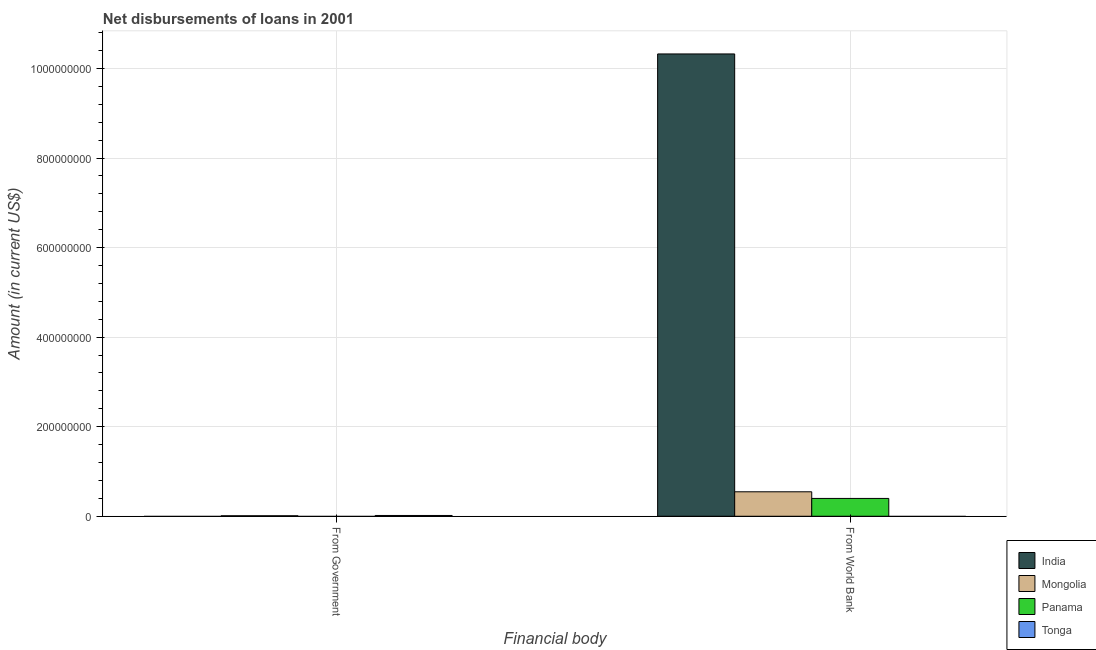
| Financial body | India | Mongolia | Panama | Tonga |
 | --- | --- | --- | --- | --- |
 | From Government | -6.7e+08 | 1.11e+06 | -4.12e+07 | 1.72e+06 |
 | From World Bank | 1.03e+09 | 5.46e+07 | 3.98e+07 | -9.22e+05 |